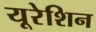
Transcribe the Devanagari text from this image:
यूरेशिन